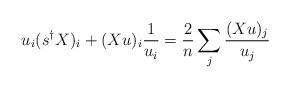
LaTeX: \begin{align*}u_i(s^{\dagger}X)_i + (Xu)_i \frac{1}{u_i}=\frac{2}{n}\sum_j\frac{(Xu)_j}{u_j}\end{align*}